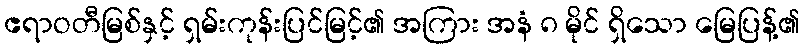
ဧရာဝတီမြစ်နှင့် ရှမ်းကုန်းပြင်မြင့်၏ အကြား အနံ ၈ မိုင် ရှိသော မြေပြန့်၏